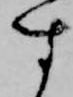
す